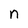
Character: n